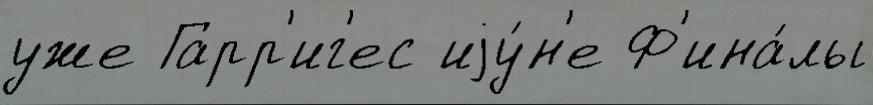
уже Гарр'иг'ес иjу́н'е Ф'ина́лы